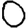
Digit: 0